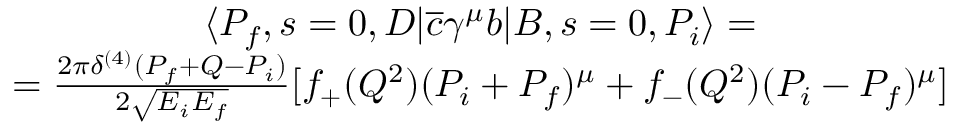
\begin{array} { c } { { \langle P _ { f } , s = 0 , D | \overline { { { c } } } \gamma ^ { \mu } b | B , s = 0 , P _ { i } \rangle = } } \\ { { = \frac { 2 \pi \delta ^ { ( 4 ) } ( P _ { f } + Q - P _ { i } ) } { 2 \sqrt { E _ { i } E _ { f } } } [ f _ { + } ( Q ^ { 2 } ) ( P _ { i } + P _ { f } ) ^ { \mu } + f _ { - } ( Q ^ { 2 } ) ( P _ { i } - P _ { f } ) ^ { \mu } ] } } \end{array}